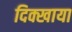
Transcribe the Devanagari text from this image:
दिक्खाया